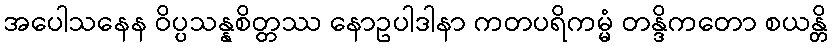
အပေါသနေန ဝိပ္ပသန္နစိတ္တဿ နောဥပါဒါနာ ကတပရိကမ္မံ တန္ဒိကတော စယန္တိ